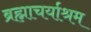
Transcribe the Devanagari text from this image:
ब्रह्माचर्याश्रम